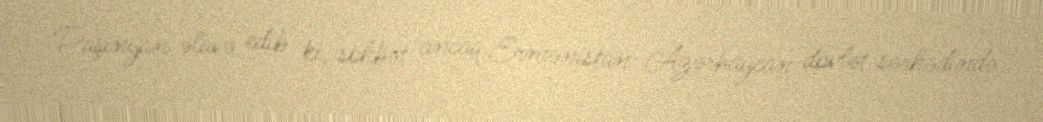
Paşinyan əlavə edib ki, söhbət ancaq Ermənistan-Azərbaycan dövlət sərhədində